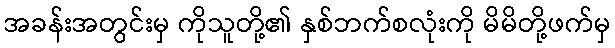
အခန်းအတွင်းမှ ကိုသူတို့၏ နှစ်ဘက်စလုံးကို မိမိတို့ဖက်မှ